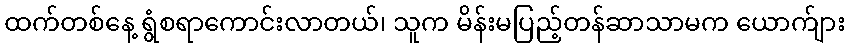
ထက်တစ်နေ့ ရွံစရာကောင်းလာတယ်၊ သူက မိန်းမပြည့်တန်ဆာသာမက ယောက်ျား